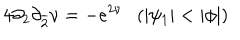
LaTeX: 4 \partial _ { 2 } \partial _ { \overline { { { 2 } } } } \nu = - e ^ { 2 \nu } ( | \psi _ { 1 } | < | \phi | )